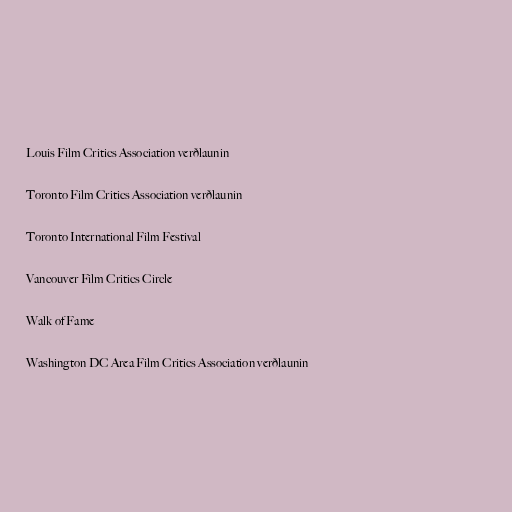
Louis Film Critics Association verðlaunin

Toronto Film Critics Association verðlaunin

Toronto International Film Festival

Vancouver Film Critics Circle

Walk of Fame

Washington DC Area Film Critics Association verðlaunin